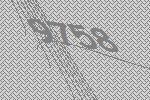
9758